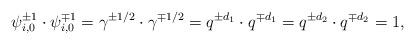
LaTeX: \begin{align*} \psi_{i,0}^{\pm 1}\cdot \psi_{i,0}^{\mp 1}=\gamma^{\pm 1/2}\cdot \gamma^{\mp 1/2}=q^{\pm d_1}\cdot q^{\mp d_1}= q^{\pm d_2}\cdot q^{\mp d_2}=1,\end{align*}